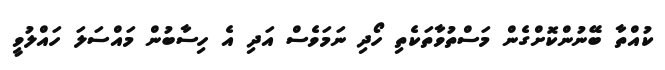
ކުއްތާ ބޭނުންކޮށްގެން މަސްތުވާތަކެތި ހޯދި ނަމަވެސް އަދި އެ ހިސާބުން މައްސަލަ ހައްލުވީ